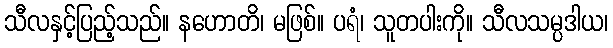
သီလနှင့်ပြည့်သည်။ နဟောတိ၊ မဖြစ်။ ပရံ၊ သူတပါးကို။ သီလသမ္ပဒါယ၊